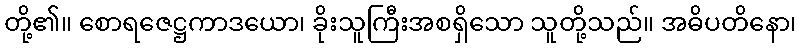
တို့၏။ စောရဇေဋ္ဌကာဒယော၊ ခိုးသူကြီးအစရှိသော သူတို့သည်။ အဓိပတိနော၊